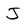
Character: J